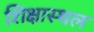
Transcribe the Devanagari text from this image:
शिक्षास्थल